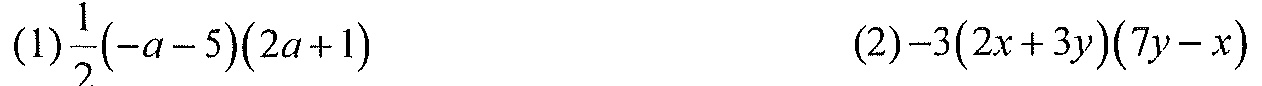
(1)\(\frac{1}{2}(-a - 5)(2a + 1)\)  (2)\(-3(2x + 3y)(7y - x)\)